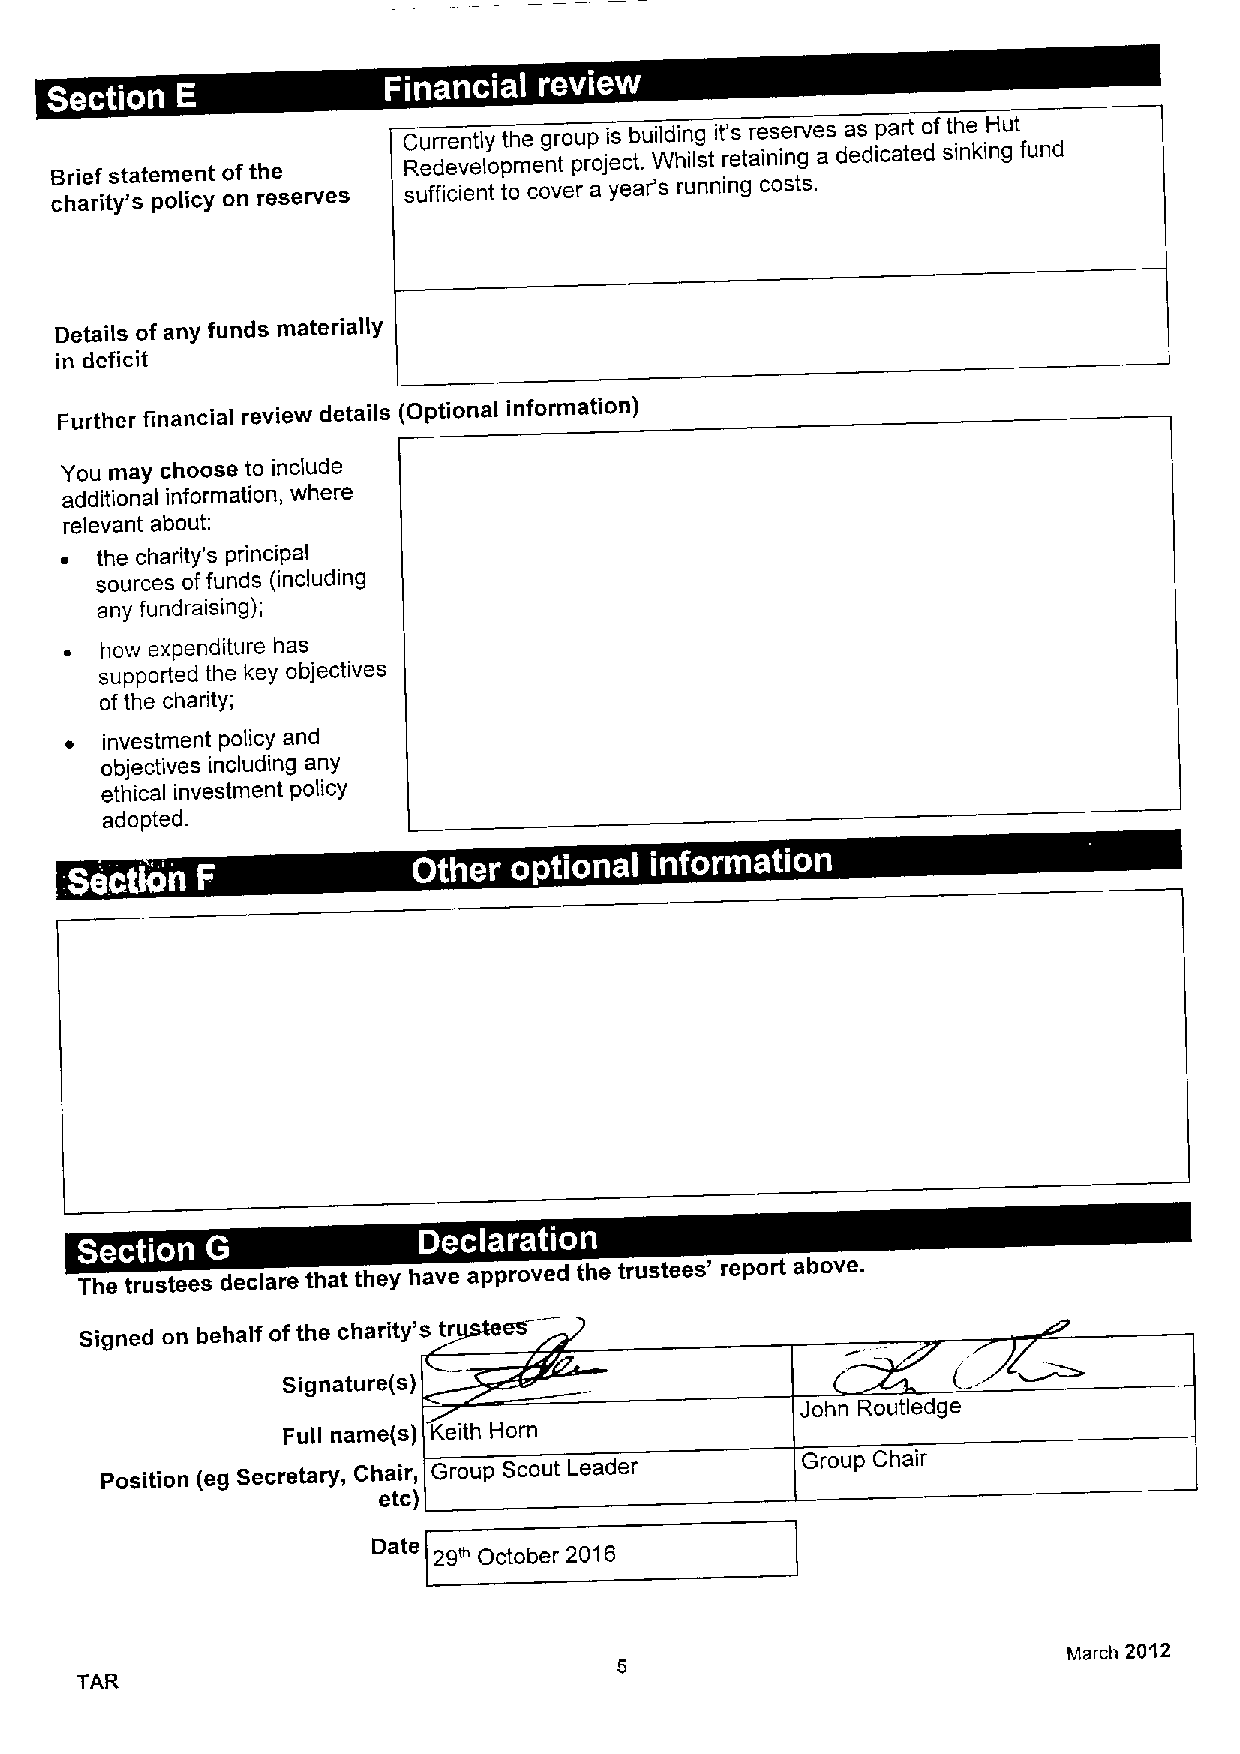
Currently the group is building it's reserves as part ofthe Hut
 B chr aie rif tys 't sate pm oe lin ct
 y
 o onfth ree
 serves
 R sue fd fie cv iee nlo tpm toen cot verpr aoje yc et a. r'W
 s
 h ri uls nt ninr getain ci on sg ts.a dedicated sinking fund
 Details of any funds materially
 in deficit
 Further financial review details (Optional information)
 You may choose to include
 additional information, where
 relevant about:
 ~ the charity's principal
 sources offunds (including
 any fundraising);
 ~  hcw expenditure has
 supported the key objectives
 ofthe charity;
 ~  investment policy and
 objectives including any
 ethical investment policy
 adopted.
 .
 ~     ~ ~ ~       ~   ~  ~
 The trustees declare that they have approved the trustees' report above.
 Signed on behalf ofthe charity's tr
 Signature(s)
 John Routledge
 Full name(s) Keith Hom
 Position (eg Secretary, Chair, Group Scout Leader Group Chair
 etc)
 29~ October 2016
 March 2012
 TAR